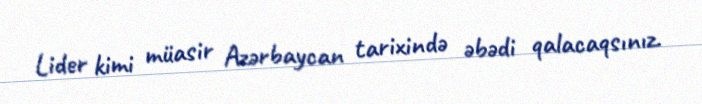
Lider kimi müasir Azərbaycan tarixində əbədi qalacaqsınız.